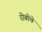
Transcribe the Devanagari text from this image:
रोबोचे